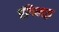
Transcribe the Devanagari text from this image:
एंगिलवुड